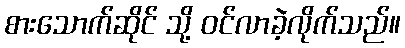
စားသောက်ဆိုင် သို့ ဝင်လာခဲ့လိုက်သည်။